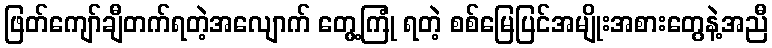
ဖြတ်ကျော်ချီတက်ရတဲ့အလျောက် တွေ့ကြုံ ရတဲ့ စစ်မြေပြင်အမျိုးအစားတွေနဲ့အညီ